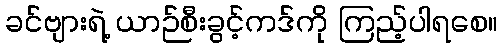
ခင်ဗျားရဲ့ ယာဉ်စီးခွင့်ကဒ်ကို ကြည့်ပါရစေ။